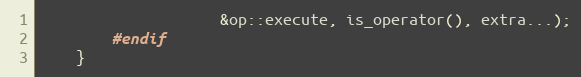
Language: C
                    &op::execute, is_operator(), extra...);
        #endif
    }